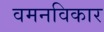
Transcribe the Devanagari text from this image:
वमनविकार